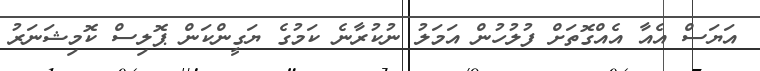
އަޔަސް އެއާ އެއްގޮތަށް ފުލުހުން އަމަލު ނުކުރާނެ ކަމުގެ ޔަގީންކަން ޕޮލިސް ކޮމިޝަނަރު